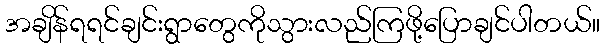
အချိန်ရရင်ချင်းရွာတွေကိုသွားလည်ကြဖို့ပြောချင်ပါတယ်။